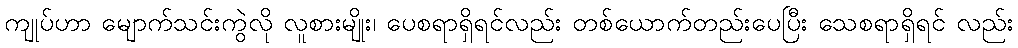
ကျုပ်ဟာ မျောက်သင်းကွဲလို လူစားမျိုး၊ ပေစရာရှိရင်လည်း တစ်ယောက်တည်းပေပြီး သေစရာရှိရင် လည်း